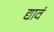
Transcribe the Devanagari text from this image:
द्यावं